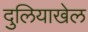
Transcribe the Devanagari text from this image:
दुलियाखेल